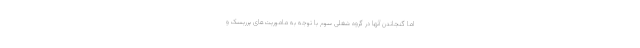
اما گنجاندن آنها در گروه شغلی سوم با توجه به ماموریت‌های پرریسک و